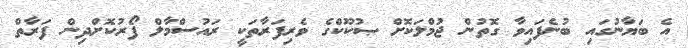
އެ ބަޔާނުގައި ބުނެފައިވާ ގޮތުން ޖުމްލަކޮށް ޞުކޫކްގެ ވެރިފަރާތަކީ ރައުސްމާލް ފޯރުކޮށްދިން ފަރާތް